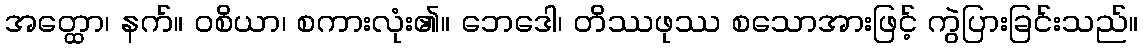
အတ္ထော၊ နက်။ ဝစိယာ၊ စကားလုံး၏။ ဘေဒေါ၊ တိဿဖုဿ စသောအားဖြင့် ကွဲပြားခြင်းသည်။